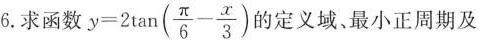
6. 求函数 $$y=2 \tan(\frac{\pi}{6}- \frac{x}{3})$$ 的定义域、最小正周期及